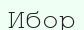
Ибор